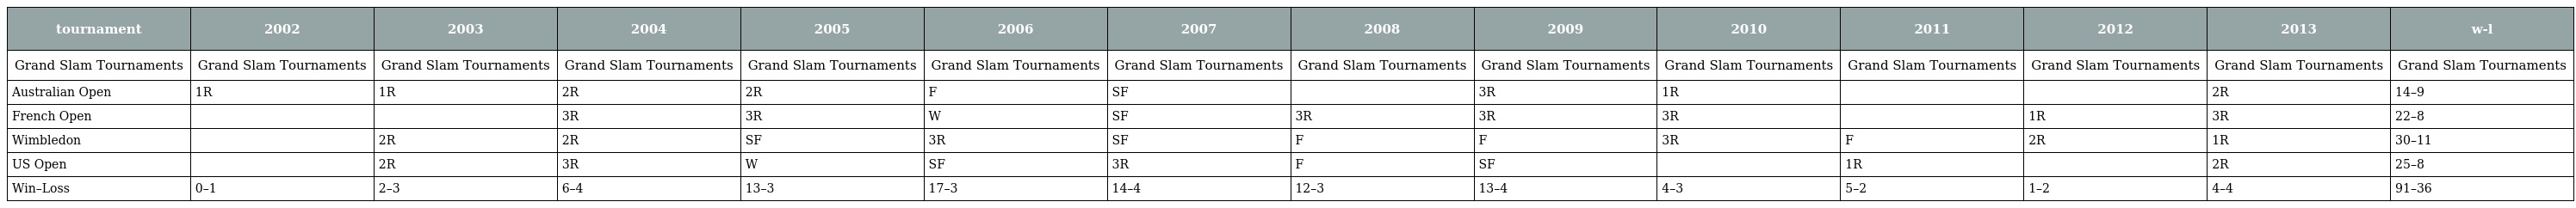
| tournament | 2002 | 2003 | 2004 | 2005 | 2006 | 2007 | 2008 | 2009 | 2010 | 2011 | 2012 | 2013 | w-l |
 | --- | --- | --- | --- | --- | --- | --- | --- | --- | --- | --- | --- | --- | --- |
 | Grand Slam Tournaments | Grand Slam Tournaments | Grand Slam Tournaments | Grand Slam Tournaments | Grand Slam Tournaments | Grand Slam Tournaments | Grand Slam Tournaments | Grand Slam Tournaments | Grand Slam Tournaments | Grand Slam Tournaments | Grand Slam Tournaments | Grand Slam Tournaments | Grand Slam Tournaments | Grand Slam Tournaments |
 | Australian Open | 1R | 1R | 2R | 2R | F | SF |  | 3R | 1R |  |  | 2R | 14–9 |
 | French Open |  |  | 3R | 3R | W | SF | 3R | 3R | 3R |  | 1R | 3R | 22–8 |
 | Wimbledon |  | 2R | 2R | SF | 3R | SF | F | F | 3R | F | 2R | 1R | 30–11 |
 | US Open |  | 2R | 3R | W | SF | 3R | F | SF |  | 1R |  | 2R | 25–8 |
 | Win–Loss | 0–1 | 2–3 | 6–4 | 13–3 | 17–3 | 14–4 | 12–3 | 13–4 | 4–3 | 5–2 | 1–2 | 4–4 | 91–36 |